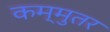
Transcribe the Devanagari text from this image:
कम्मुतर